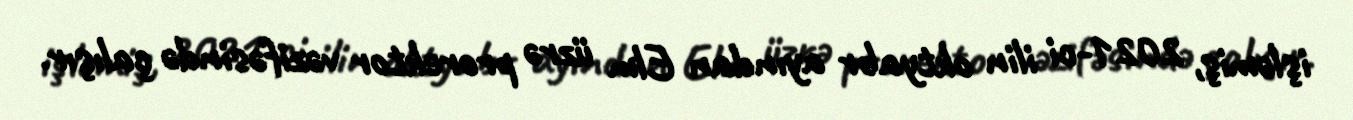
işləmiş, 2021-ci ilin oktyabr ayından Elm üzrə prorektor vəzifəsində çalışır.